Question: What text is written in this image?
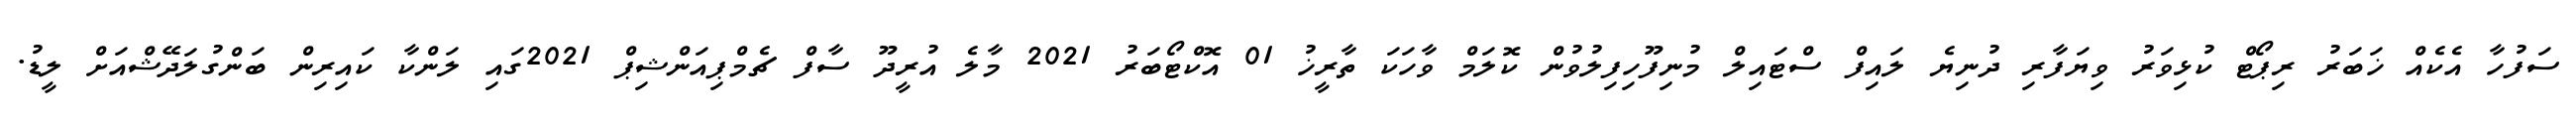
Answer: ސަފުހާ އެކެއް ޚަބަރު ރިޕޯޓް ކުޅިވަރު ވިޔަފާރި ދުނިޔެ ލައިފް ސްޓައިލް މުނިފޫހިފިލުވުން ކޮލަމް ވާހަކަ ތާރީޚު 01 އޮކްޓޯބަރު 2021 މާލެ އުރީދޫ ސާފް ޗެމްޕިއަންޝިޕް 2021ގައި ލަންކާ ކައިރިން ބަންގުލަދޭޝްއަށް ލީޑު.